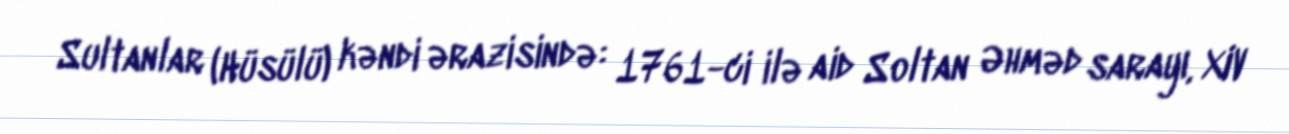
Sultanlar (Hüsülü) kəndi ərazisində: 1761-ci ilə aid Soltan Əhməd sarayı, XIV